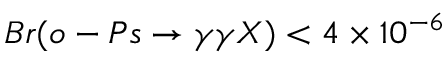
B r ( o - P s \rightarrow \gamma \gamma X ) < 4 \times 1 0 ^ { - 6 }